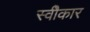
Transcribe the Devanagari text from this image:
स्वीेकार